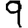
Digit: 9